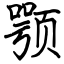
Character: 颚